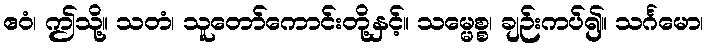
ဧဝံ၊ ဤသို့။ သတံ၊ သူတော်ကောင်းတို့နှင့်။ သမ္မေစ္စ၊ ချဉ်းကပ်၍။ သင်္ဂမော၊